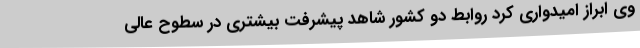
وی ابراز امیدواری کرد روابط دو کشور شاهد پیشرفت بیشتری در سطوح عالی